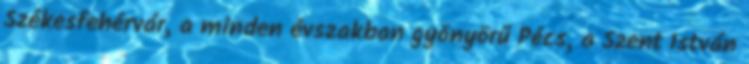
Székesfehérvár, a minden évszakban gyönyörű Pécs, a Szent István